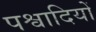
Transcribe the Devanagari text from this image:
पश्वादियों